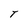
Character: T